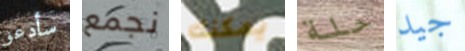
سأدعو نجمع يمكنك حلة جيد